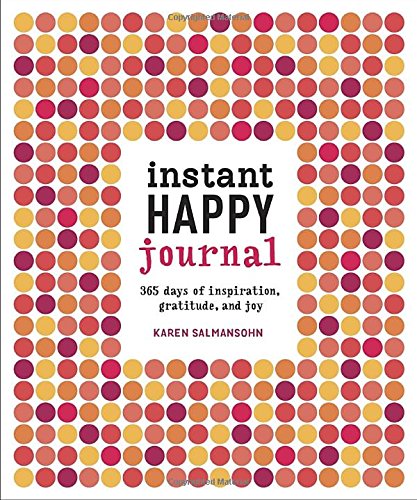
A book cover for Instant Happy Journal: 365 Days of Inspiration, Gratitude, and Joy; Karen Salmansohn; Self-Help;